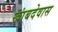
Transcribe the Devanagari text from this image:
खांबदेवास